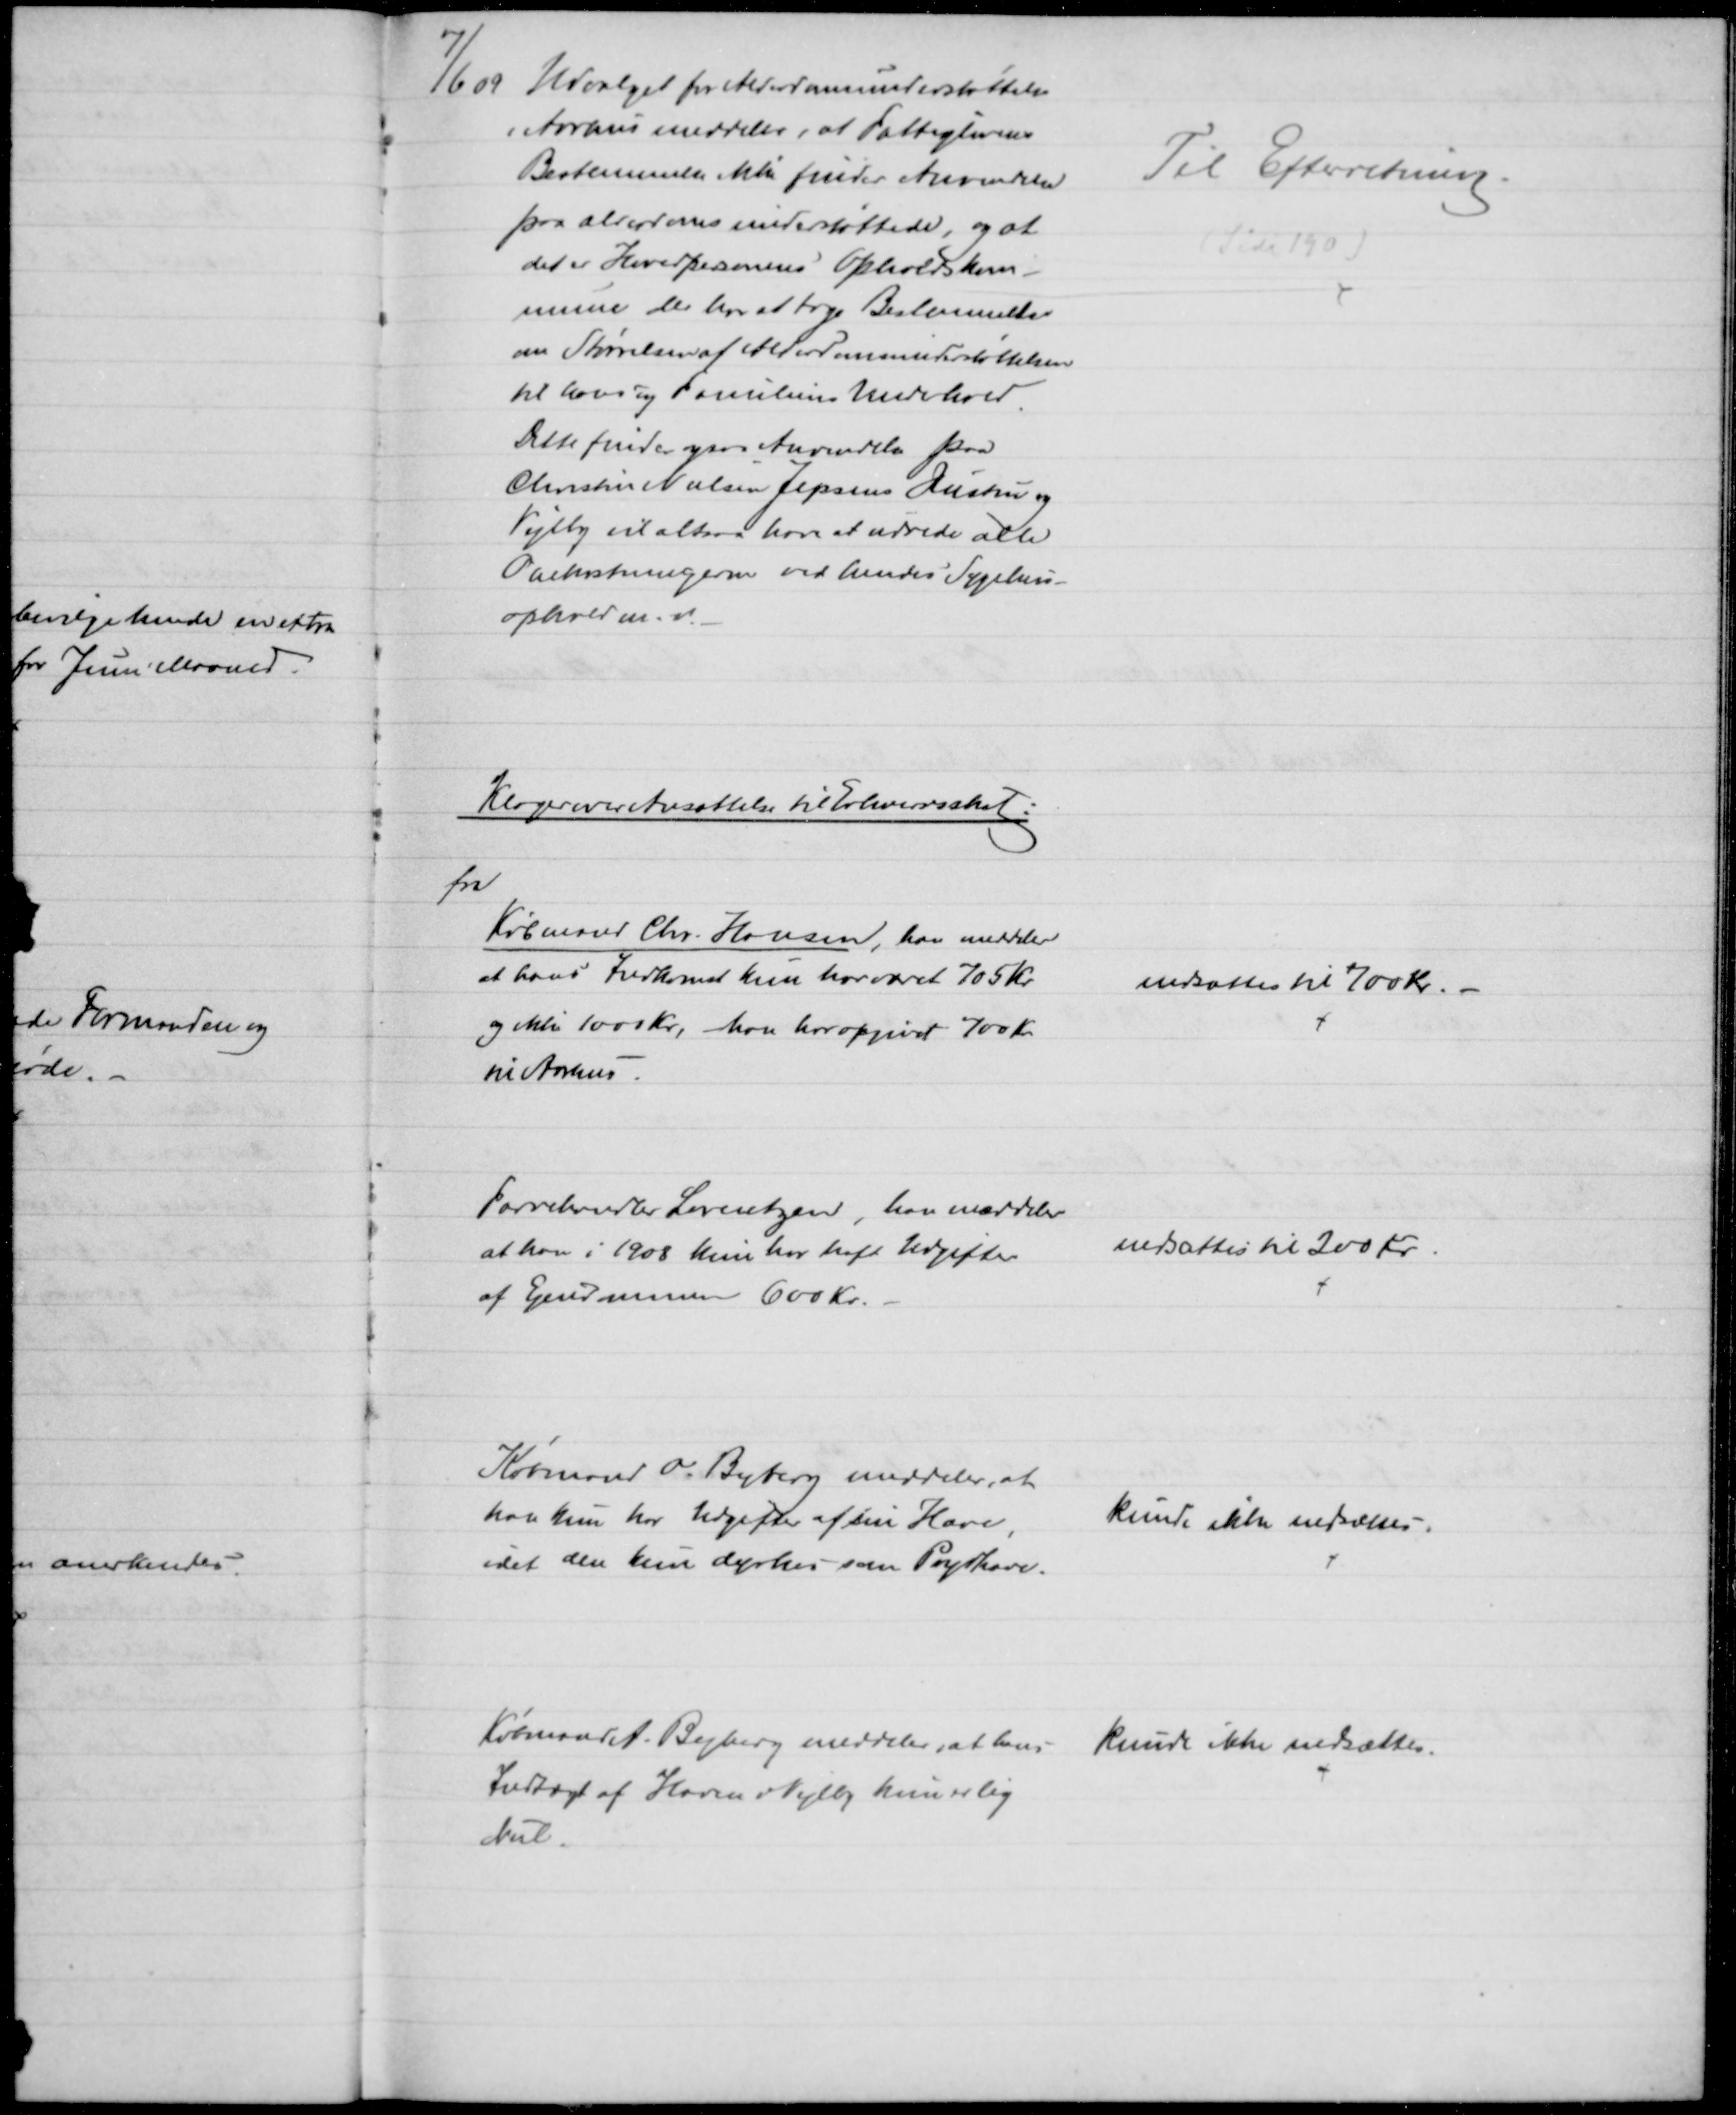
Transskription:
7/6 09 Udvalget for Alderdomsunderstøttelse
i Aarhus meddeler, at Fattiglovens
Bestemmelse ikke finder Anvendelse
paa alderdomsunderstøttede, og at
det er Hovedpersonens Opholdskom-
mune der har at tage Bestemmelse
om Størrelsen af Alderdomsunderstøttelsen
til hans og Familiens Underhold.
Dette finder ogsaa Anvendelse paa
Christen Nielsen Jepsens Hustru og
Vejlby vil altsaa have at udrede alle 
Omkostningerne ved hendes Sygehus -
ophold m.v.
Til Efterretning.
(Side 190)
Klager over Ansættelse til Erhvervsskat:
fra
Købmand Chr. Hansen, han meddeler
at hans Indkomst kun har været 705 Kr.
og ikke 1000 Kr, han har opgivet 700 Kr. 
til Aarhus.
nedsattes til 700 Kr.
Farvehandler Lorentzen, han meddeler
at han i 1908 kun har haft Udgifter 
af Ejendommen 600 Kr.
nedsattes til 200 Kr.
Købmand O. Byberg meddeler, at
han kun har Udgifter af sin Have,
idet den kun dyrkes som Prydhave.
kunde ikke nedsættes.
Købmand A. Byberg meddeler, at hans
Indtægt af Haven i Vejlby kun er lig
Nul.
kunde ikke nedsættes.